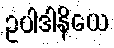
ဥပါဒါနိယေ